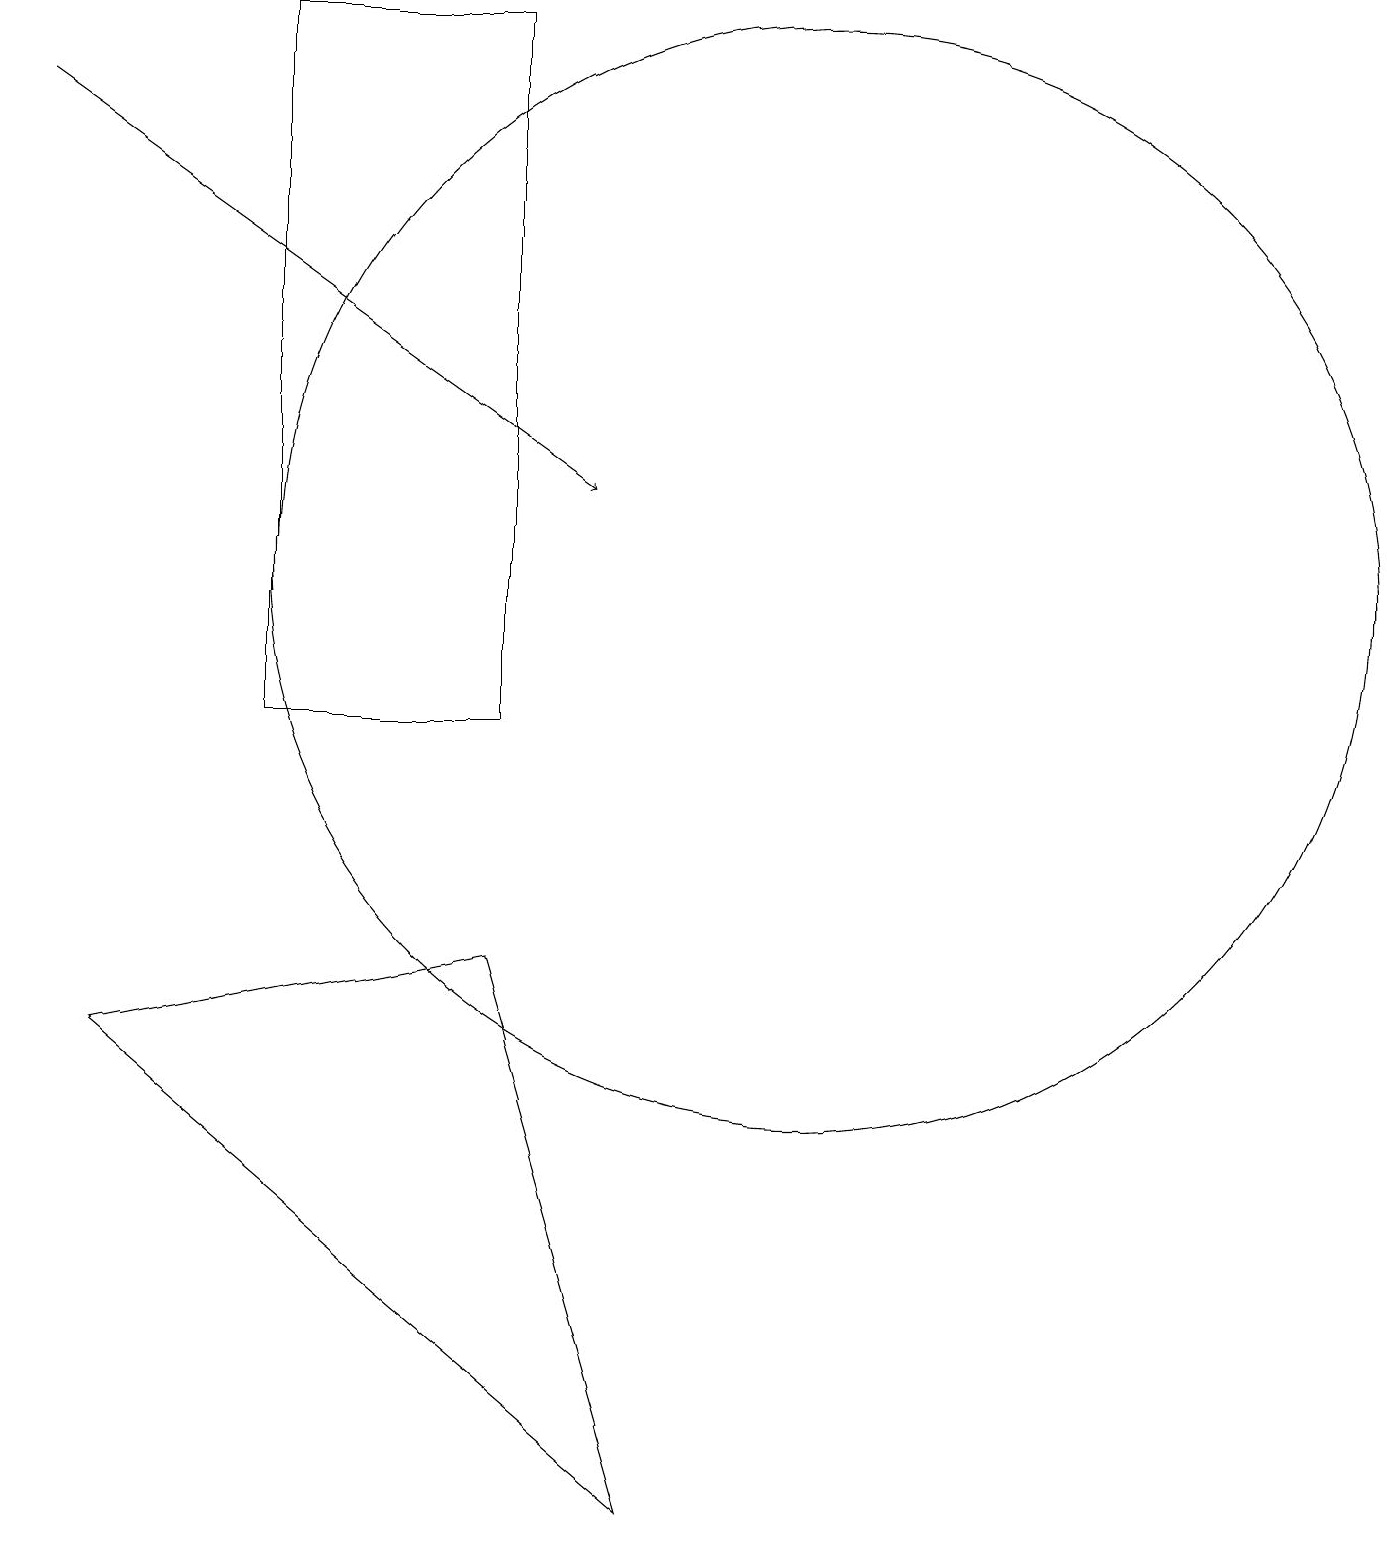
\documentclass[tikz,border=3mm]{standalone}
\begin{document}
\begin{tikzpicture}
\draw (10,12) circle (7);
\draw[->] (0,18) -- (7,13);
\draw (3,10) rectangle (6,19);
\draw (1,6) -- (8,0) -- (6,7) -- cycle;
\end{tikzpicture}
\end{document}